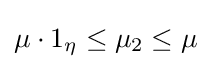
\mu \cdot 1_{\eta }\leq \mu _{2}\leq \mu